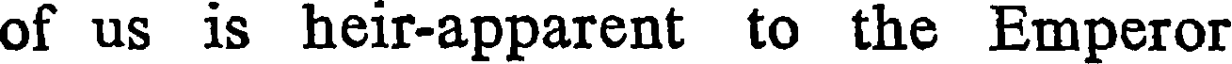
of us is heir-apparent to the Emperor